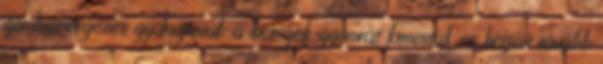
gombamérgezés gyanújával; a betegek gyomrát kimosták és hétfőn tovább